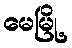
မေမြို့